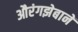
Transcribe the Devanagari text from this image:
औरंगझेबानें